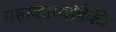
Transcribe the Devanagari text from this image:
महाकाव्यांपैकी